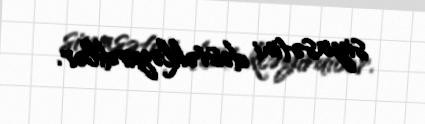
siyasətini dəstəkləyirdilər.